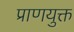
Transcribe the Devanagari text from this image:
प्राणयुक्त